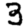
Digit: 3